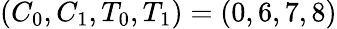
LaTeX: (C_{0},C_{1},T_{0},T_{1})=(0,6,7,8)